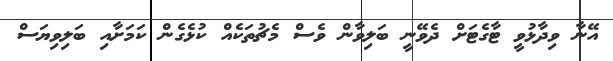
އޭނާ ވިދާޅުވީ ޓާގެޓަށް ދެވޭނީ ބަލިވާން ވެސް މެޗުތަކެއް ކުޅެގެން ކަމަށާއި ބަލިވިޔަސް